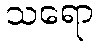
သရော